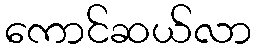
ကောင်ဆယ်လာ